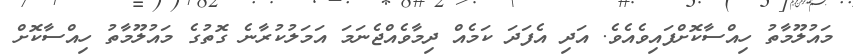
މައުލޫމާތު ހިއްސާކޮށްފައިވެއެވެ. އަދި އެފަދަ ކަމެއް ދިމާވެއްޖެނަމަ އަމަލުކުރާނެ ގޮތުގެ މައުލޫމާތު ހިއްސާކޮށް